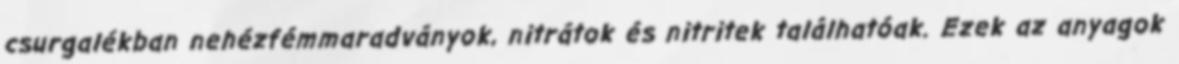
csurgalékban nehézfémmaradványok, nitrátok és nitritek találhatóak. Ezek az anyagok